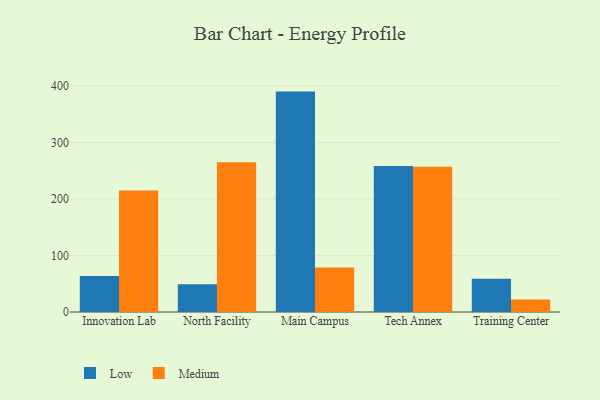
{"axis": {"x": "Campus", "y": "Market Share (%)"}, "legend": ["Low", "Medium"], "data": [{"x": "Innovation Lab", "y": 63.9, "type": "Low"}, {"x": "Innovation Lab", "y": 214.9, "type": "Medium"}, {"x": "North Facility", "y": 48.9, "type": "Low"}, {"x": "North Facility", "y": 265.2, "type": "Medium"}, {"x": "Main Campus", "y": 390.1, "type": "Low"}, {"x": "Main Campus", "y": 78.9, "type": "Medium"}, {"x": "Tech Annex", "y": 258.6, "type": "Low"}, {"x": "Tech Annex", "y": 257.1, "type": "Medium"}, {"x": "Training Center", "y": 58.7, "type": "Low"}, {"x": "Training Center", "y": 22.0, "type": "Medium"}]}